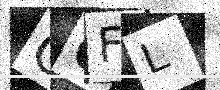
Text: O6FL